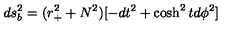
d s _ { b } ^ { 2 } = ( r _ { + } ^ { 2 } + N ^ { 2 } ) [ - d t ^ { 2 } + \cosh ^ { 2 } t d \phi ^ { 2 } ]